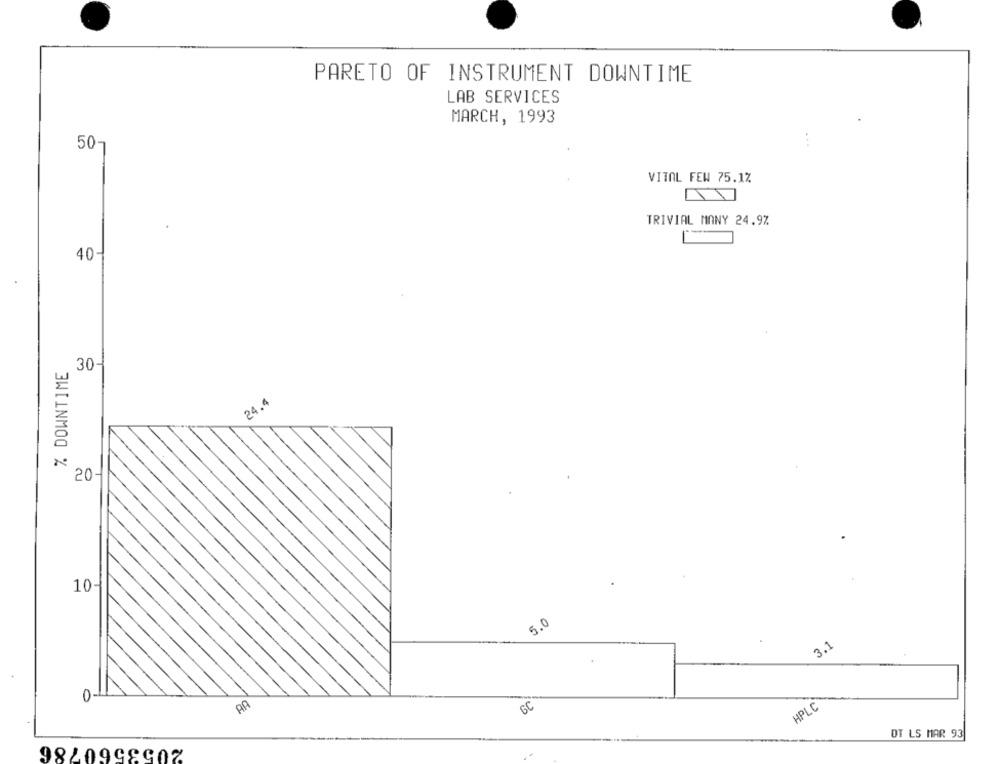
PARETO OF INSTRUMENT DOWNTIME
LAB SERVICES
MARCH, 1993
50-
VITAL FEW 75.1%
TRIVIAL MANY 24.9%
40-
% DOWNTIME
30-
24.4
20-
10-
5.0
3.1
0
6C
HPLC
OT LS MAR 93
982099890Z